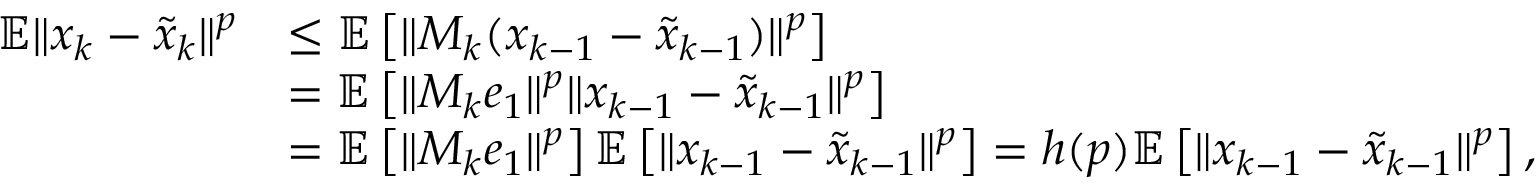
\begin{array} { r l } { \mathbb { E } \Vert x _ { k } - \tilde { x } _ { k } \Vert ^ { p } } & { \leq \mathbb { E } \left[ \Vert M _ { k } ( x _ { k - 1 } - \tilde { x } _ { k - 1 } ) \Vert ^ { p } \right] } \\ & { = \mathbb { E } \left[ \Vert M _ { k } e _ { 1 } \Vert ^ { p } \Vert x _ { k - 1 } - \tilde { x } _ { k - 1 } \Vert ^ { p } \right] } \\ & { = \mathbb { E } \left[ \Vert M _ { k } e _ { 1 } \Vert ^ { p } \right] \mathbb { E } \left[ \Vert x _ { k - 1 } - \tilde { x } _ { k - 1 } \Vert ^ { p } \right] = h ( p ) \mathbb { E } \left[ \Vert x _ { k - 1 } - \tilde { x } _ { k - 1 } \Vert ^ { p } \right] , } \end{array}